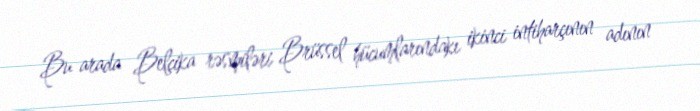
Bu arada Belçika rəsmiləri Brüssel hücumlarındakı ikinci intiharçının adının